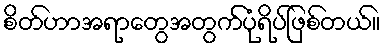
စိတ်ဟာအရာတွေအတွက်ပုံရိပ်ဖြစ်တယ်။